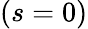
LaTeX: (s=0)